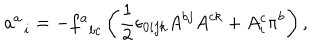
a _ { \; \; i } ^ { a } = - f _ { \; \; b c } ^ { a } \left( \frac { 1 } { 2 } \epsilon _ { 0 i j k } A ^ { b j } A ^ { c k } + A _ { i } ^ { c } \pi ^ { b } \right) ,